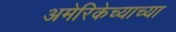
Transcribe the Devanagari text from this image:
अमेरिकेच्याच्या